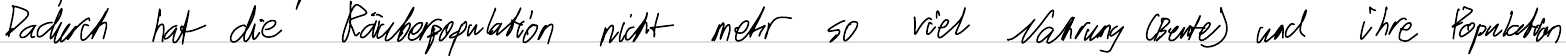
Dadurch hat die Räuberpopulation nicht mehr so viel Nahrung (Beute) und ihre Population